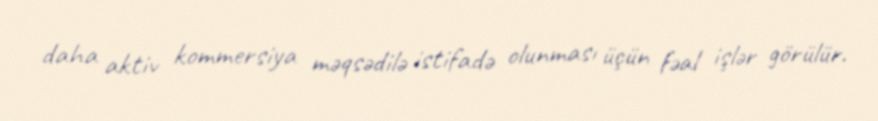
daha aktiv kommersiya məqsədilə istifadə olunması üçün fəal işlər görülür.